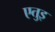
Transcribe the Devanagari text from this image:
एतुइ